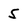
Character: 5